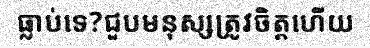
ធ្លាប់ទេ?ជួបមនុស្សត្រូវចិត្តហើយ